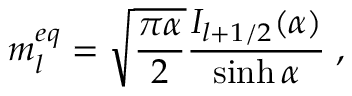
m _ { l } ^ { e q } = \sqrt { \frac { \pi \alpha } { 2 } } \frac { I _ { l + 1 / 2 } ( \alpha ) } { \sinh { \alpha } } \; ,